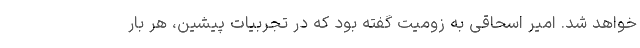
خواهد شد. امیر اسحاقی به زومیت گفته بود که در تجربیات پیشین، هر بار